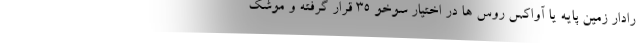
رادار زمین پایه یا آواکس روس ها در اختیار سوخو ۳۵ قرار گرفته و موشک